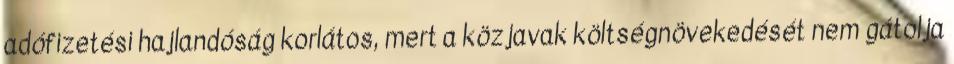
adófizetési hajlandóság korlátos, mert a közjavak költségnövekedését nem gátolja